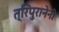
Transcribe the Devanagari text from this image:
त्रिपुरानेनी